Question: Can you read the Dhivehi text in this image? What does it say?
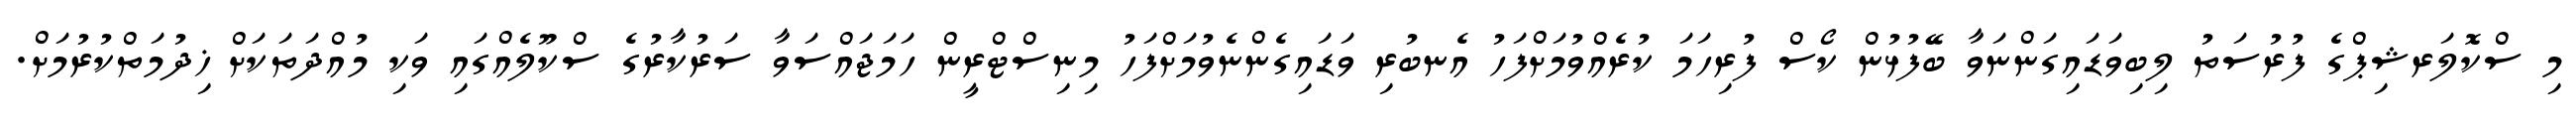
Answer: މި ސްކޮލަރޝިޕްގެ ފުރުސަތު ލިބިވަޑައިގަންނަވާ ބޭފުޅުން ކޯސް ފުރިހަމަ ކުރެއްވުމަށްފަހު އެނބުރި ވަޑައިގެންނެވުމަށްފަހު މިނިސްޓްރީން ހަމަޖައްސަވާ ސަރުކާރުގެ ސްކޫލެއްގައި ވަކި މުއްދަތަކަށް ޚިދުމަތްކުރުމަށް.